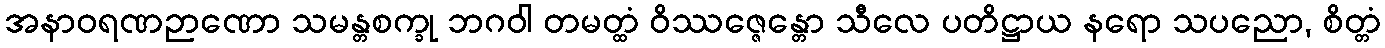
အနာဝရဏဉာဏော သမန္တစက္ခု ဘဂဝါ တမတ္ထံ ဝိဿဇ္ဇေန္တော သီလေ ပတိဋ္ဌာယ နရော သပညော, စိတ္တံ